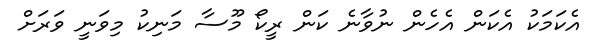
އެކަމަކު އެކަން އެހެން ނުވާނެ ކަން ރީކޯ މޫސާ މަނިކު މިވަނީ ވަރަށް